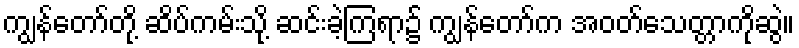
ကျွန်တော်တို့ ဆိပ်ကမ်းသို့ ဆင်းခဲ့ကြရာ၌ ကျွန်တော်က အဝတ်သေတ္တာကိုဆွဲ။